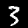
Label: 3